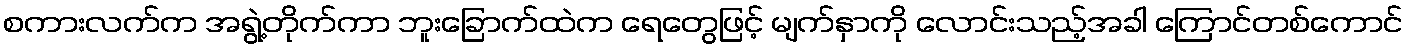
စကားလက်က အရွဲ့တိုက်ကာ ဘူးခြောက်ထဲက ရေတွေဖြင့် မျက်နှာကို လောင်းသည့်အခါ ကြောင်တစ်ကောင်